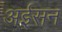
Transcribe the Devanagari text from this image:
अईसन